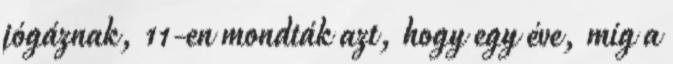
jógáznak, 11-en mondták azt, hogy egy éve, míg a